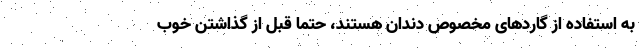
به استفاده از گاردهای مخصوص دندان هستند، حتما قبل از گذاشتن‌ خوب